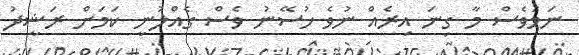
ނަމަވެސް މާ ގިނަ އިރެއް ނުވެ ހުސޭނު ވެސް ގެއްލުނީ ކަމަށް ރަޝީދު